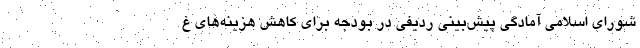
شورای اسلامی آمادگی پیش‌بینی ردیفی در بودجه برای کاهش هزینه‌های غ